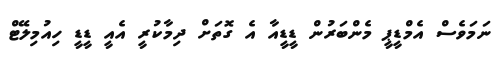
ނަމަވެސް އެމްޑީޕީ މެންބަރުން ޑީޑީއާ އެ ގޮތަށް ދިމާކުރީ އެއީ ޑީޑީ ހިއުމިލޭޓް